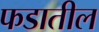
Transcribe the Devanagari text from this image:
फडातील